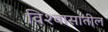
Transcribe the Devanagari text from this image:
विश्‍वासातील